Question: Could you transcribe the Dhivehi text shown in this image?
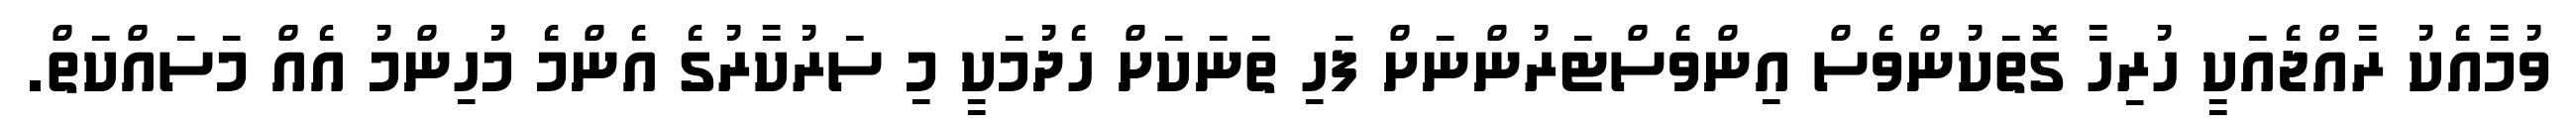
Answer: ވުމާއެކު ރާއްޖެއަކީ ހުރިހާ ގޮތަކުންވެސް އިންވެސްޓަރުންނަށް ފަހި ތަނަކަށް ހެދުމަކީ މި ސަރުކާރުގެ އެންމެ މުހިންމު އެއް މަސައްކަތް.